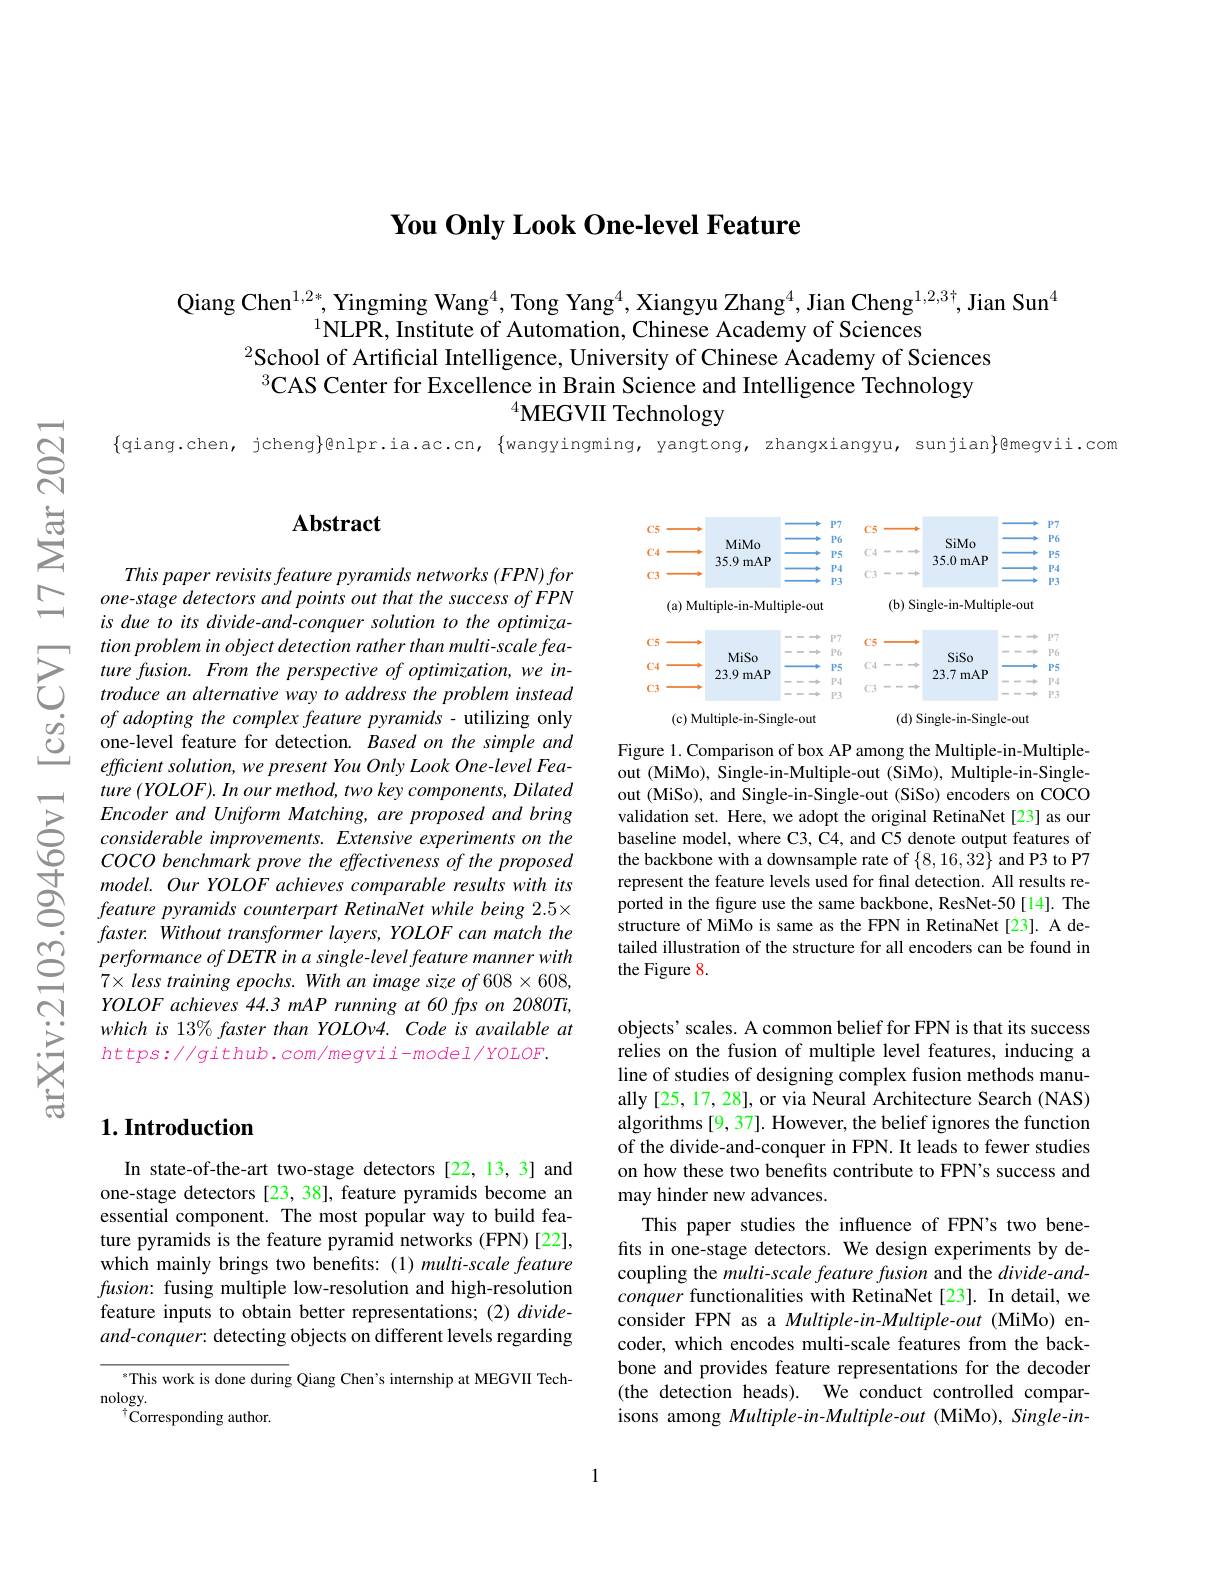
You Only Look One-level Feature

Qiang Chen$^{1,2*}$, Yingming Wang$^{4}$, Tong Yang$^{4}$, Xiangyu Zhang$^{4}$, Jian Cheng$^{1,2,3\dagger}$, Jian Sun$^{4}$
$^{1}$NLPR, Institute of Automation, Chinese Academy of Sciences
$^{2}$School of Artificial Intelligence, University of Chinese Academy of Sciences $^3$CAS Center for Excellence in Brain Science and Intelligence Technology
$^{4}$MEGVII Technology

{qiang.chen, jcheng}@nlpr.ia.ac.cn, {wangyingming, yangtong, zhangxiangyu, sunjian}@megvii.com

## $\mathbf{Abstract}$

This paper revisits feature pyramids networks (FPN) for one-stage detectors and points out that the success of FPN is due to its divide-and-conquer solution to the optimization problem in object detection rather than multi-scale feature fusion. From the perspective of optimization, we introduce an alternative way to address the problem instead of adopting the complex feature pyramids - utilizing only one-level feature for detection. Based on the simple and efficient solution, we present You Only Look One- level Feature $( YOLOF) . In$ our $method, two$ key $components$, Dilated $EncoderandUniformMatching,areproposedandbring$ considerable improvements. Extensive experiments on the COCO benchmark prove the effectiveness of the proposed model. Our YOLOF achieves comparable results with its feature pyramids counterpart RetinaNet while being 2.5× $faster.Without$ transformer layers, YOLOF can match the performance of DETR in a single- level feature manner with $7\times lesstrainingepochs.Withanimagesizeof608\times608$, YOLOF achieves 44.3 mAP running at 60 fps on 2080Ti, which is 13% faster than YOLOv4. Code is available at $https://github.com/megvii-model/YOLOF.$

## $1. \textbf{Introduction}$

In state-of-the-art two-stage detectors [22,13,3] and one-stage detectors [23, 38], feature pyramids become an essential component. The most popular way to build feature pyramids is the feature pyramid networks (FPN)[22], which mainly brings two benefits: (1) multi-scale feature $fusion:$ fusing multiple low-resolution and high-resolution feature inputs to obtain better representations; (2) divideand-conquer: detecting objects on different levels regarding

sThis work is done during Qiang Chen's internship at MEGVII Tech-
nology.
$^{\dagger}$Corresponding author.

<FigureHere>

Figure 1. Comparison of box AP among the Multiple-in-Multipleout (MiMo), Single-in-Multiple-out (SiMo), Multiple-in-Singleout (MiSo), and Single-in-Single-out (SiSo) encoders on COCO validation set. Here, we adopt the original RetinaNet[23] as our baseline model, where C3, C4, and C5 denote output features of the backbone with a downsample rate of $\{8,16,32\}$ and P3 to P7 represent the feature levels used for final detection. All results reported in the figure use the same backbone, ResNet-50[14]. The structure of MiMo is same as the FPN in RetinaNet[23]. A detailed illustration of the structure for all encoders can be found in the Figure 8.

objects' scales. A common belief for FPN is that its success relies on the fusion of multiple level features, inducing a line of studies of designing complex fusion methods manually [25, 17, 28], or via Neural Architecture Search (NAS) algorithms [9, 37]. However, the belief ignores the function of the divide-and-conquer in FPN. It leads to fewer studies on how these two benefits contribute to FPN's success and may hinder new advances.
This paper studies the influence of FPN's two benefits in one-stage detectors. We design experiments by decoupling the multi-scale feature fusion and the divide-andconquer functionalities with RetinaNet [23]. In detail, we consider FPN as a Multiple-in-Multiple-out (MiMo) encoder, which encodes multi-scale features from the backbone and provides feature representations for the decoder (the detection heads). We conduct controlled comparisons among Multiple-in-Multiple-out (MiMo), Single-in-

1